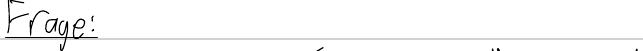
Frage: